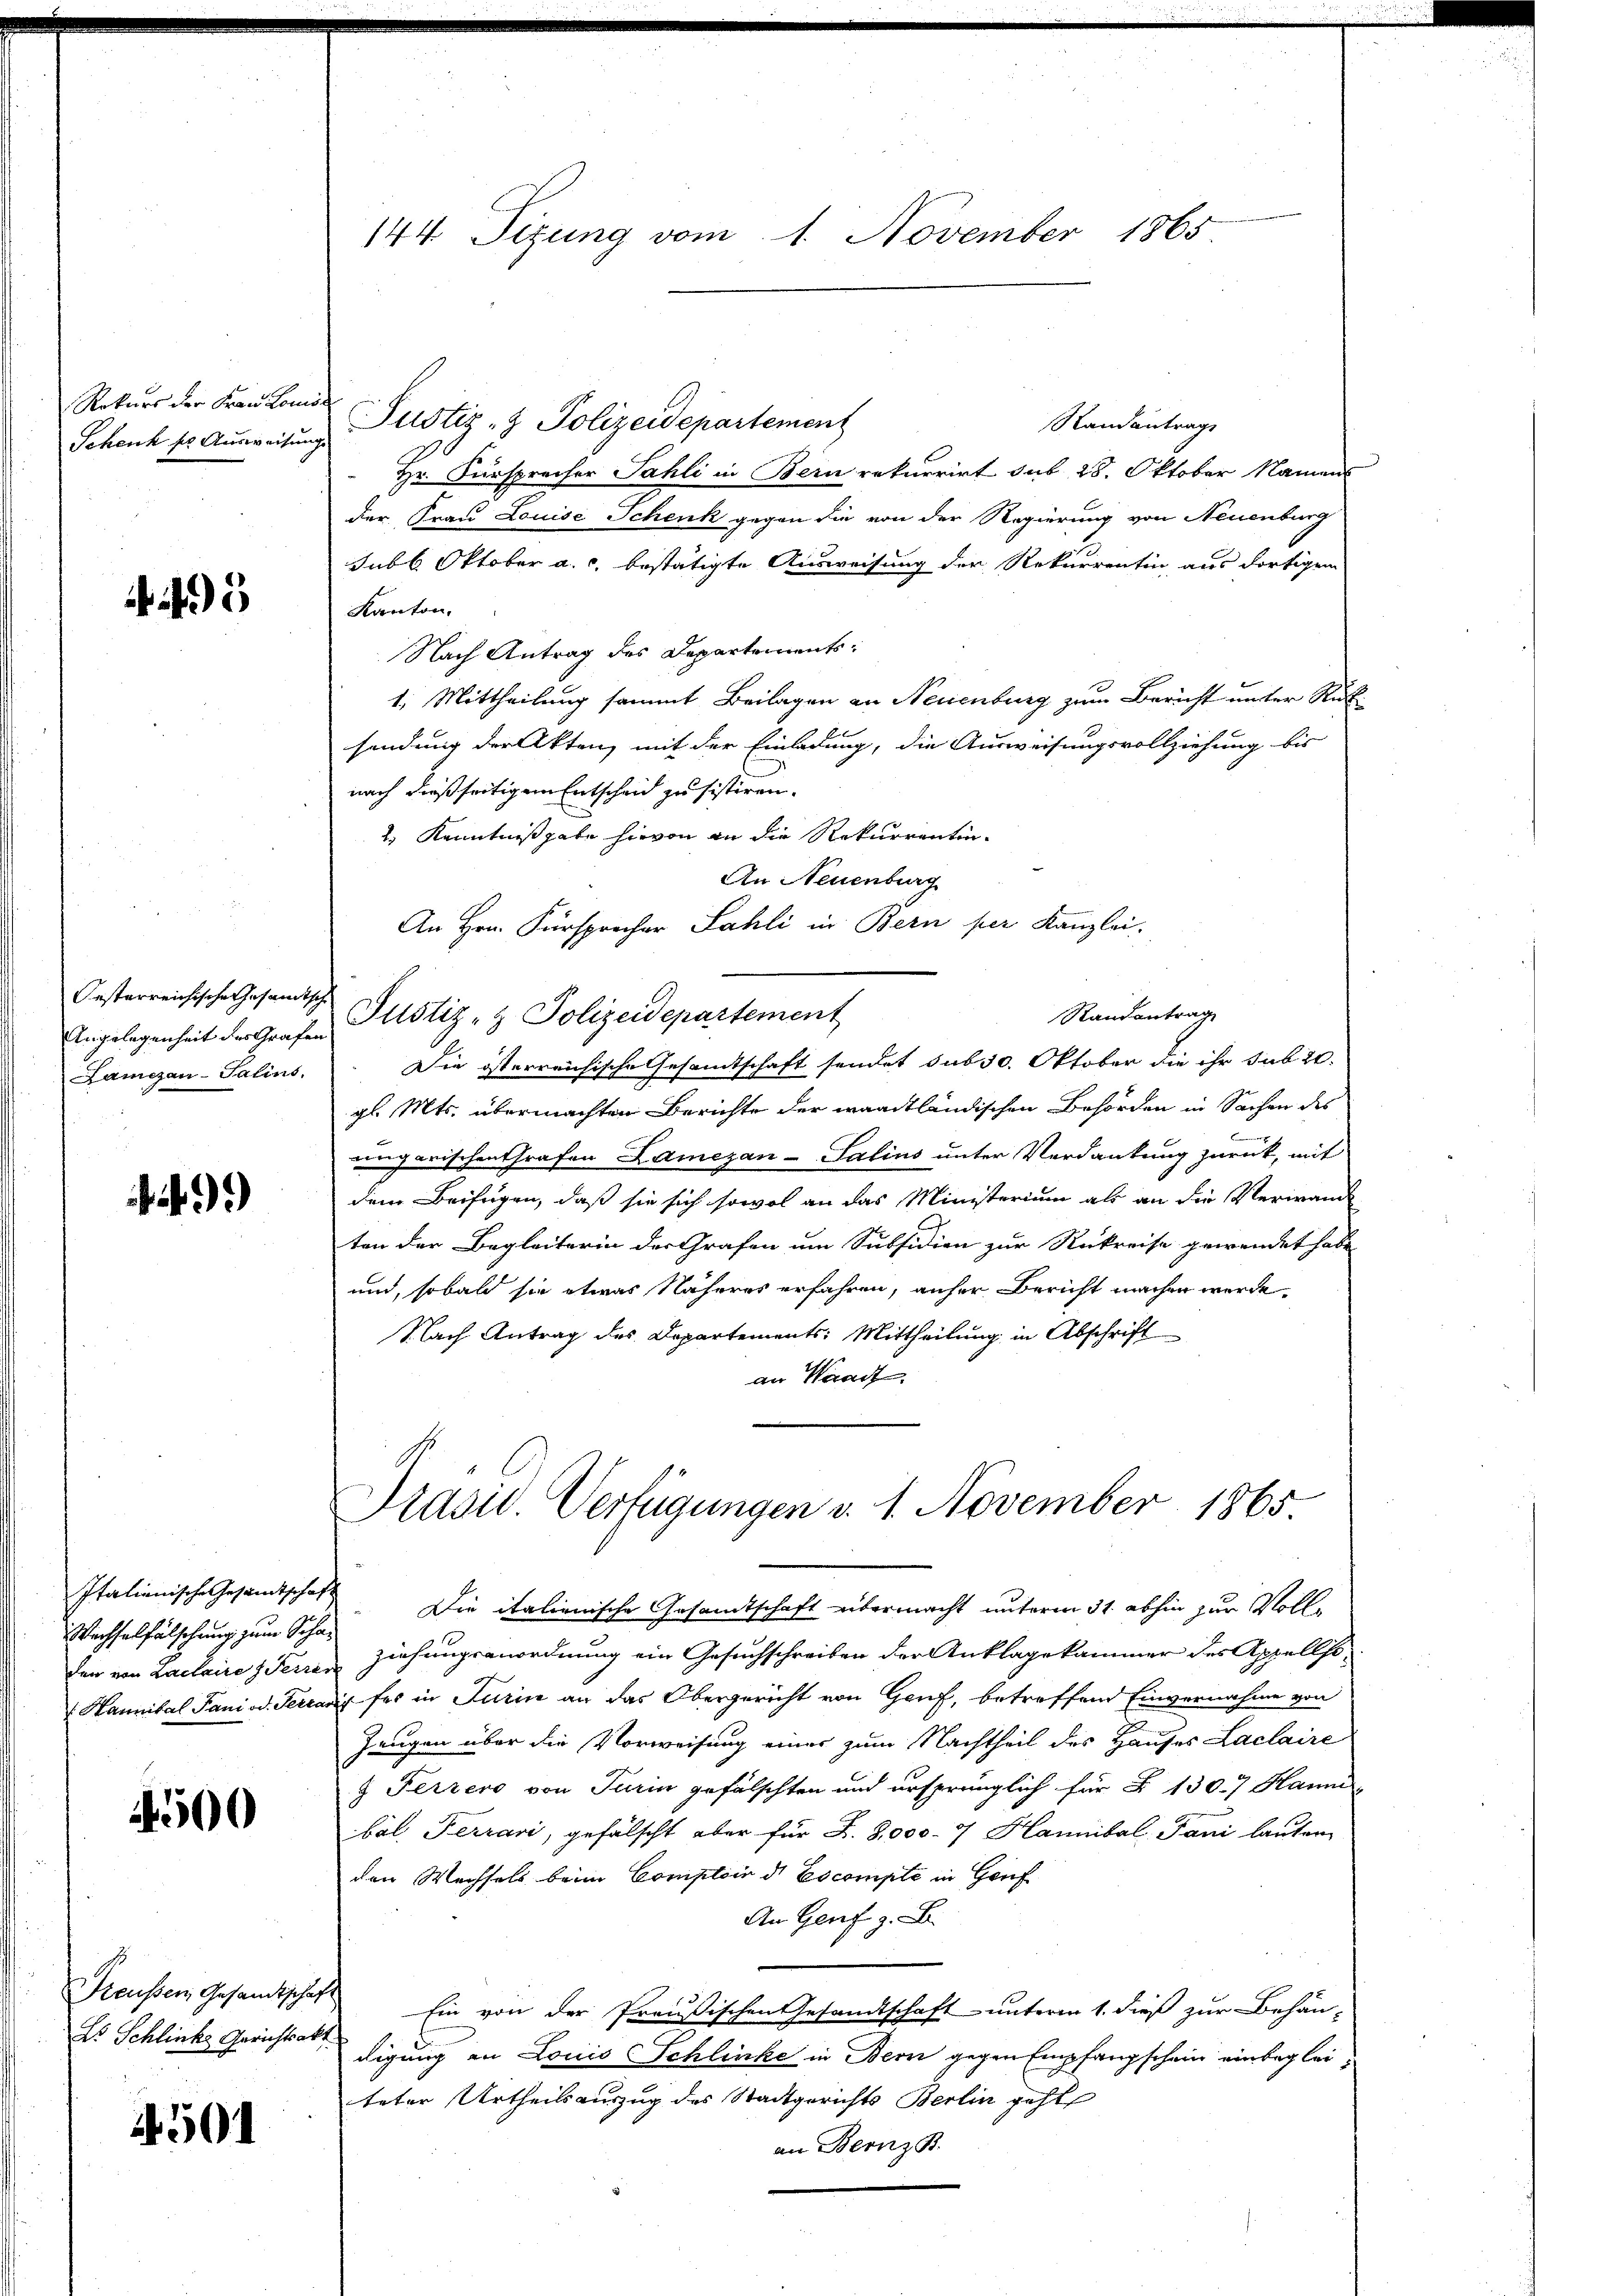
Rokurs der Frau Lon
Schenk se Ausweisen

5

Oesterreichischechosentsche
Lamezan-Salins,

499)

Italianische Gesandtschaf
Wachselfälschung zum Schr
den von Laclaire Terra
Hannibal Pani od. Feri

14500

Preußen Gesandtschads Schliche Gerichtsakt

4501

144 Sizung vom 1. November 1865

Justiz- & Polizeidepartement
Randantrag
Hr. Fürsprecher Sahli in Bern rekurrirt sub 28. Oktober Namens
der Frau Louise Schenk gegen die von der Regierung von Neuenburg
Jubl. Oktober a.c. bestätigte Ausweisung der Rekurrentin aus dortigen
Kanton,
Nach Antrag des Departements¬
1. Mittheilung sammt Beilagen an Neuenburg zum Bericht unter Rüksendung der Akten, mit der Einladung, die Ausweisungsvollziehung bis
nach dießseitigem Entscheid zu sistiren.
2.) Kenntniß habe hievon an die Rekurrentin¬
An Neuenburg
An Hrn. Fürsprocher Sahli in Bern per Kanzlei.
Randantrag
Angelegenheit der Grafen Justiz- & Polizeidepartement
Die österreichische Gesamtschaft sendet sub 30. Oktober die ihr sub 20.
gl. Mts. übermachten Berichte der waadtländischen Behörden in Sachen des
engarischen trafen Lamezan- Salins unter Verdankung zurück, mit
dem Beifügen, daß sie sich sowol an das Ministerium als an die Verwand
ten der Begleiterin des Grafen um Subsidien zur Rukreise gewendet habe
und, sobald sie etwas Näheres erfahren, anher Bericht machen werde.
Nach Antrag des Departements: Mittheilung in Abschrift
an Waadt.
Präsid. Verfügungen v. 1. November 1865
Die italienische Gesandtschaft übermacht unterm 31. abhin zur Voll¬
2
Ziehungsanordnung ein Gesuchschreiben der Anklagekammer des Appellsoauch des in Turin an das Obergericht von Genf, betreffend Einvernahme von
Zeugen über die Vorweisung einer zum Nachtheil des Hauses Laclaire
 Fezzero von Turin gefälschten und ursprünglich für § 1307 Hamme
bal. Ferrari, gefälscht aber für Z. 8,000 - 7 Hannibal-Pani lauten
den Wechsels beim Complein d Escompte in Gruf
An Genf z. B.
h
Ein von der Preußischen Gesandtschaft unterm 1. dieß zur Behan-
digung an Louis Schlinke in Bern gegen Empfangschein einbegleiteter Urtheilsauszug des Stadtgerichts Berlin geht
an Bernz B.